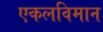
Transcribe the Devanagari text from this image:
एकलविमान